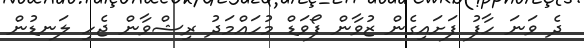
ދެ ވަނަ ހާފު ފަށައިގެން ޒުވާން ފޯވަޑް މުހައްމަދު ރިޝްވާން ޖެހި ލަނޑުން